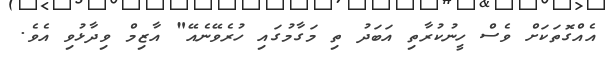
އެއްގޮތަކަށް ވެސް ހީނުކުރާތި އަބަދު ތި މަގާމުގައި ހުރެވޭނެއޭ" އާޒިމް ވިދާޅުވި އެވެ.